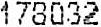
178032